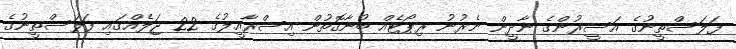
ފަލަސްތީނުގެ އަސީރުންގެ ނާދީން ނެރުނު ރިޕޯޓެއް ބުނާގޮތުން އިސްރާއީލުގެ 22 ޖަލެއްގައި ފަލަސްތީނުގެ